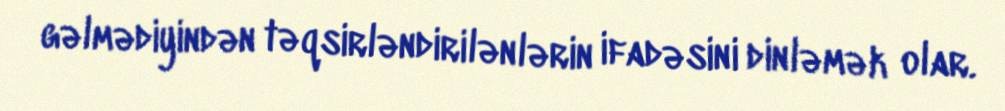
gəlmədiyindən təqsirləndirilənlərin ifadəsini dinləmək olar.